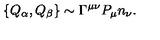
\{ Q _ { \alpha } , Q _ { \beta } \} \sim \Gamma ^ { \mu \nu } P _ { \mu } n _ { \nu } .